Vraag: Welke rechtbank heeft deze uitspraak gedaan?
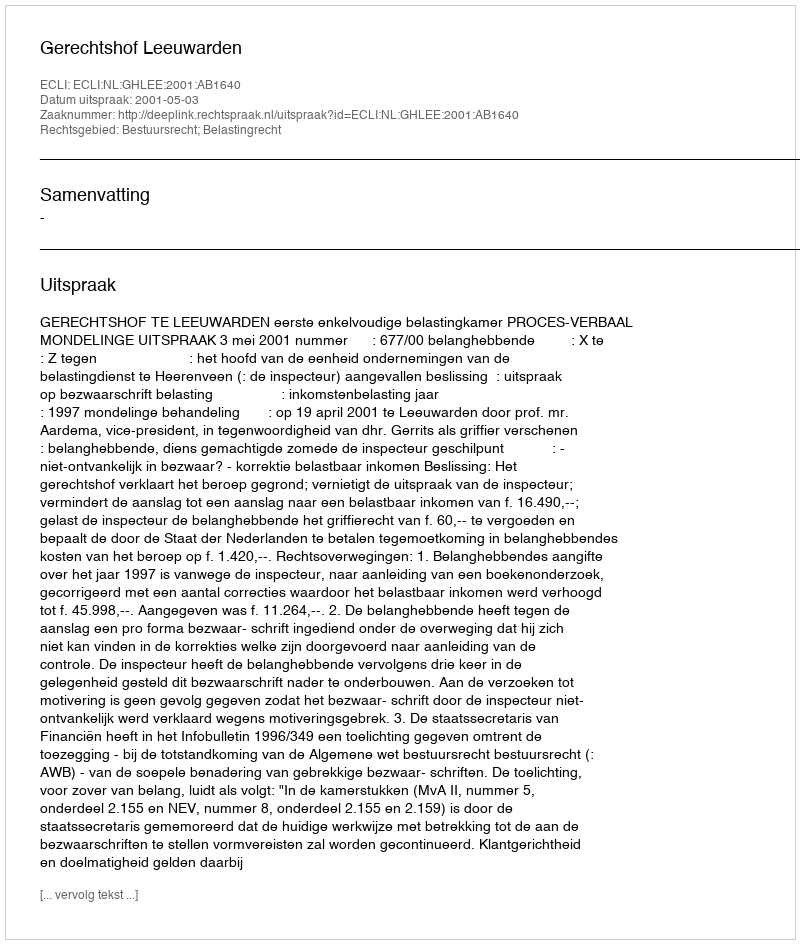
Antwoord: Gerechtshof Leeuwarden